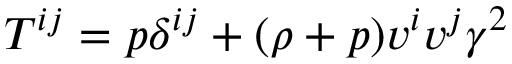
T ^ { i j } = p \delta ^ { i j } + ( \rho + p ) v ^ { i } v ^ { j } \gamma ^ { 2 }